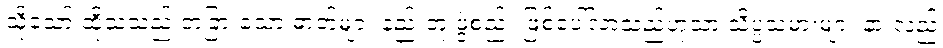
သို့သော် ထိုသံသည် တခြားသော ဓာတ်များ နည်းတူ ဖွဲ့စည်း ဖြစ်ပေါ်လာသည်ဟုသာ သိပ္ပံသမားများ နားလည်